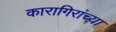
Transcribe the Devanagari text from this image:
कारागिरांच्या